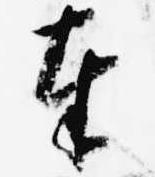
奉